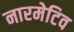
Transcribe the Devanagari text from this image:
नारमेटिव